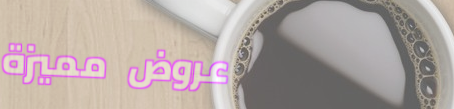
عروض مميزة